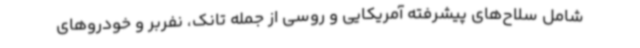
شامل سلاح‌های پیشرفته آمریکایی و روسی از جمله تانک، نفربر و خودروهای